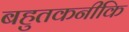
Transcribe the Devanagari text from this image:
बहुतकनीकि